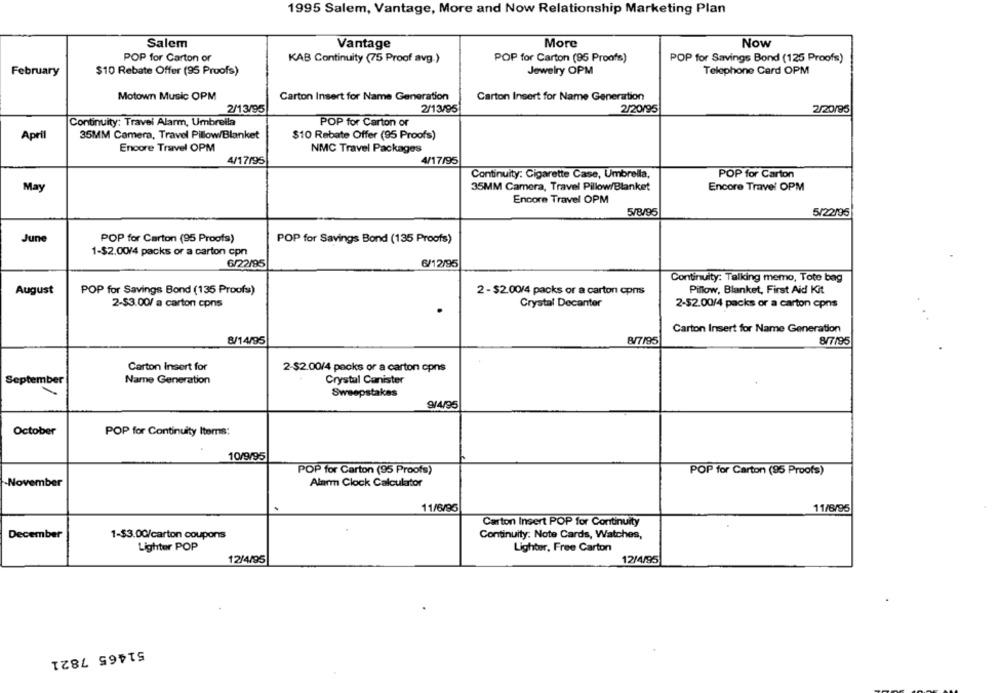
1995 Salem, Vantage, More and Now Relationship Marketing Plan
Salem
Vantage
More
Now
POP for Carton or
KAB Continuity (75 Proof avg.)
POP for Carton (95 Proofs)
POP for Savings Bond (125 Proofs)
February
$10 Rebate Offer (95 Proofs)
Jewelry OPM
Telephone Card OPM
Motown Music OPM
Carton Insert for Name Generation
Carton Insert for Name Generation
2/13/95
2/13/95
2/20/95
2/20/95
Continuity: Travel Alarm, Umbrella
POP for Carton of
April
35MM Camera, Travel Pillow/Blanket
$10 Rebate Offer (95 Proofs)
Encore Travel OPM
NMC Travel Packages
4/17/95
4/17/95
Continuity: Cigarette Case, Umbrella,
POP for Carton
35MM Camera, Travel Pillow/Blanket
Encore Travel OPM
May
Encore Travel OPM
5/8/96
5/22/95
June
POP for Carton (95 Proofs)
POP for Savings Bond (135 Proofs)
1-$2.00/4 packs or a carton cpn
6/22/95
6/12/95
Continuity: Talking memo, Tote bag
August
POP for Savings Bond (135 Proofs)
2 - $2.00/4 packs or a carton cons
Pillow, Blanket, First Aid Kit
2-$3.00/ a carton cpns
Crystal Decanter
2-52.00/4 packs or a carton cpns
Carton Insert for Name Generation
8/14/95
8/7/95
8/7/95
Carton Insert for
2-$2.00/4 packs or a carton cpns
September
Name Generation
Crystal Canister
Sweepstakes
9/4/95
October
POP for Continuity Items:
10/9/95
POP for Carton (95 Proofs)
POP for Carton (95 Proofs)
-November
Alarm Clock Calculator
11/6/95
11/6/95
Carton Insert POP for Continuity
December
1-$3.00/carton coupons
Continuity. Note Cards, Watches,
Lighter POP
Lighter, Free Carton
12/4/95
12/4/95
51465 7821